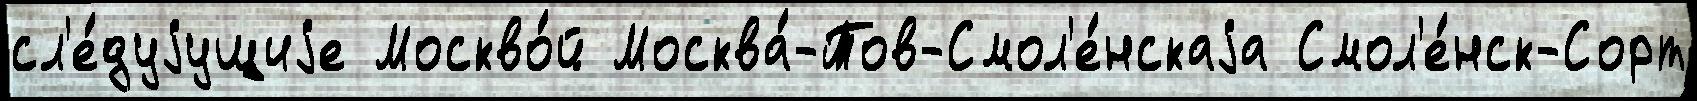
сл'е́дуjущиjе Москво́й Москва́-Тов-Смол'е́нскаjа Смол'е́нск-Сорт